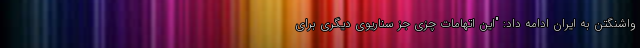
واشنگتن به ایران ادامه داد: "این اتهامات چزی جز سناریوی دیگری برای